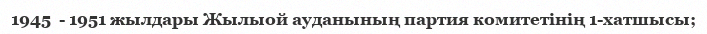
1945  - 1951 жылдары Жылыой ауданының партия комитетінің 1-хатшысы;